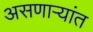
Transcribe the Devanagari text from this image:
असणाऱ्यांत